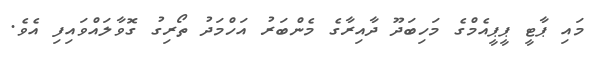
މައި ޕާޓީ ޕީޕީއެމްގެ މަހިބަދޫ ދާއިރާގެ މެންބަރު އަހްމަދު ތޯރިގު ގޮވާލައްވައިފި އެވެ.